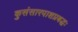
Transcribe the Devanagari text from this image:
कुसंसारपाशप्रबद्धः